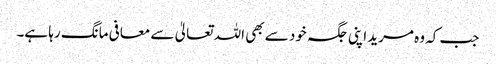
جب کہ وہ مرید اپنی جگہ خود سے بھی اللہ تعالیٰ سے معافی مانگ رہا ہے۔